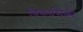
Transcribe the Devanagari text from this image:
विकासिकी